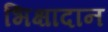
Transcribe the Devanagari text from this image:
भिक्षादान